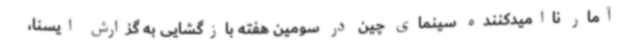
آمار ناامیدکننده سینمای چین در سومین هفته بازگشایی به گزارش ایسنا،